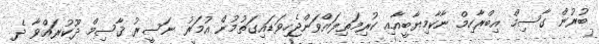
ބުރުން ގާސިމް އިބްރާހިމް ނާކާމިޔާބީއާއި ކުރިމަތިލައްވަންޖެހިވަޑައިގަތުމުން އުމަރު ނަސީރު ޤާސިމް ދޫކުރައްވާ ދެ